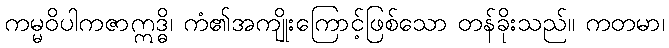
ကမ္မဝိပါကဇာဣဒ္ဓိ၊ ကံ၏အကျိုးကြောင့်ဖြစ်သော တန်ခိုးသည်။ ကတမာ၊